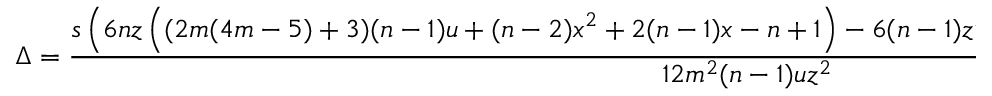
\Delta = \frac { s \left( 6 n z \left( ( 2 m ( 4 m - 5 ) + 3 ) ( n - 1 ) u + ( n - 2 ) x ^ { 2 } + 2 ( n - 1 ) x - n + 1 \right) - 6 ( n - 1 ) z ^ { 2 } ( 2 m ( 2 m - 1 ) n u + n - 3 ) + n ( n - 1 ) ^ { 2 } \varsigma \right) } { 1 2 m ^ { 2 } ( n - 1 ) u z ^ { 2 } } ,